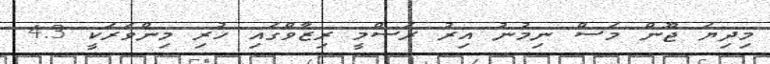
މިދިޔަ ޖޫން މަސް ނިމުނު އިރު ރަސްމީ ރިޒާވްގައި ހުރި މިންވަރަކީ 4.3